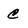
Character: c